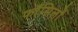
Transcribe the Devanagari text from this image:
फाँसिलों